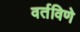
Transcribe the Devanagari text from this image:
वर्तविणे